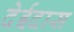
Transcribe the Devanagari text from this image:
देईदास